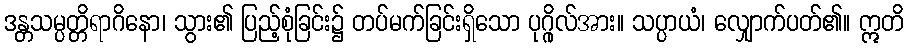
ဒန္တသမ္ပတ္တိရာဂိနော၊ သွား၏ ပြည့်စုံခြင်း၌ တပ်မက်ခြင်းရှိသော ပုဂ္ဂိုလ်အား။ သပ္ပာယံ၊ လျှောက်ပတ်၏။ ဣတိ